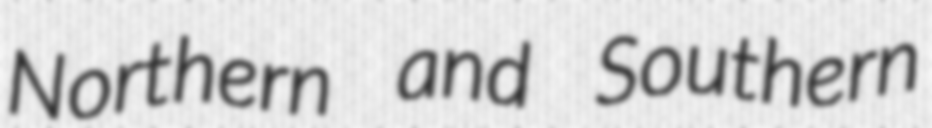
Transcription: Northern and Southern